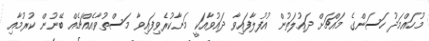
މުހައްމަދު ހަސަންގެ މައްޗަށް ދައުލަތުން އުފުލާފައިވާ ދައުވާއަކީ މަނާކުރެވިފައިވާ މަސްތުވާއެއްޗެއް ބޭނުން ކުރުމާއި